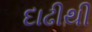
દાઢીથી